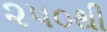
૨૫૦થી